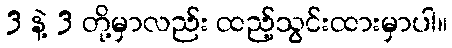
3 နဲ့ 3 တို့မှာလည်း ထည့်သွင်းထားမှာပါ။